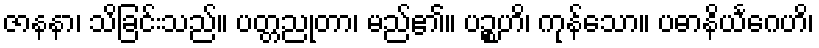
ဇာနနာ၊ သိခြင်းသည်။ ပတ္တညုတာ၊ မည်၏။ ပဉ္စဟိ၊ ကုန်သော။ ပဓာနိယင်္ဂေဟိ၊